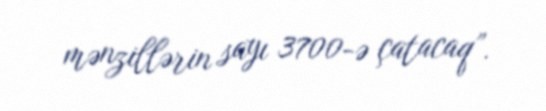
mənzillərin sayı 3700-ə çatacaq”.